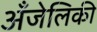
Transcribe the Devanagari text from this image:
अँजेलिकी